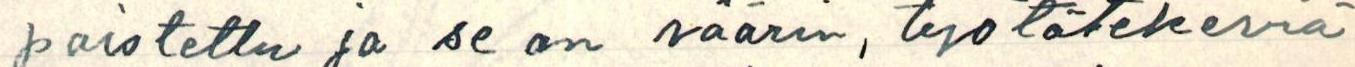
poistettu ja se on väärin, työtätekeviä